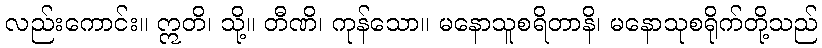
လည်းကောင်း။ ဣတိ၊ သို့။ တီဏိ၊ ကုန်သော။ မနောသူစရိတာနိ၊ မနောသုစရိုက်တို့သည်